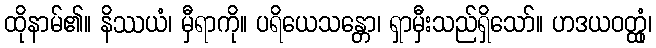
ထိုနာမ်၏။ နိဿယံ၊ မှီရာကို။ ပရိယေသန္တော၊ ရှာမှီးသည်ရှိသော်။ ဟဒယဝတ္ထုံ၊